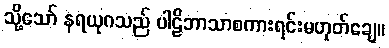
သို့သော် နရယုဂသည် ပါဠိဘာသာစကားရင်းမဟုတ်ချေ။